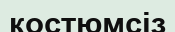
костюмсіз